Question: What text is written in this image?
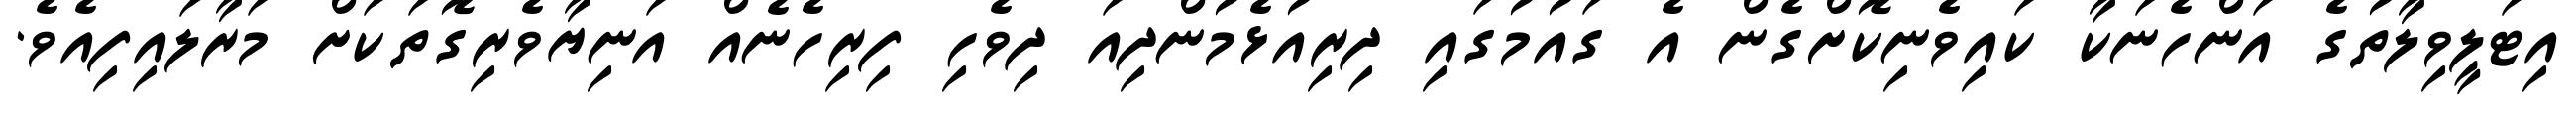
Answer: އިޓަލީވިލާތުގެ އަންހެނަކާ ކައިވެނިކޮށްގެން އެ ގައުމުގައި ދިރިއުޅެމުންދިއަ ދިވެހި ފިރިހެނެއް އަނިޔާވެރިގޮތަކަށް މަރާލައިފިއެވެ.